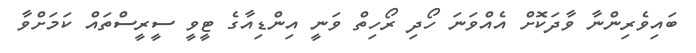
ބައިވެރިންނާ ވާދަކޮށް އެއްވަނަ ހޯދި ރޯހިތް ވަނީ އިންޑިއާގެ ޓީވީ ސީރީސްތައް ކަމަށްވާ